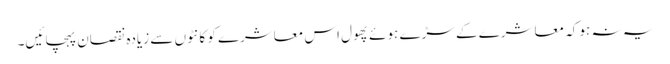
یہ نہ ہو کہ معاشرے کے سڑے ہوئے پھول اس معاشرے کو کانٹوں سے زیادہ نقصان پہچائیں۔